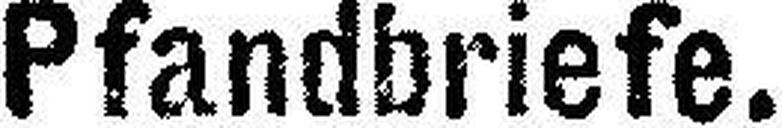
Pfandbriefe.